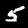
Label: 5